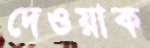
দেওয়াক